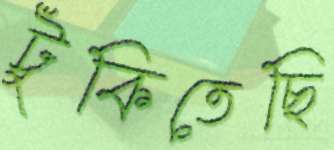
টুকিতেছি